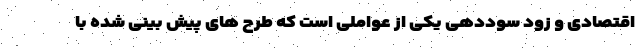
اقتصادی و زود سوددهی یکی از عواملی است که طرح های پیش بینی شده با